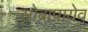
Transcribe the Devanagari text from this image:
सोब्रापायेव